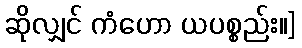
ဆိုလျှင် ကံဟော ယပစ္စည်း။]